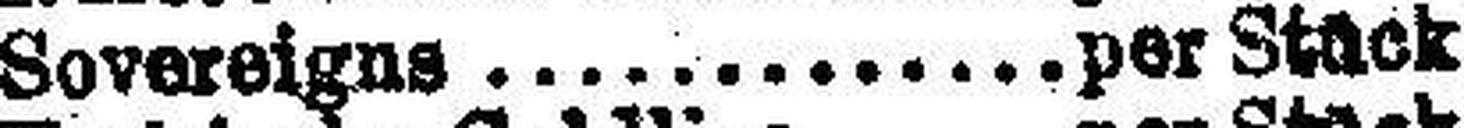
Sovereigns per Stück